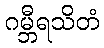
ဂမ္ဘီရသိတံ